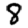
Digit: 8